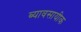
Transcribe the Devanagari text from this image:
ब्यावसायीक